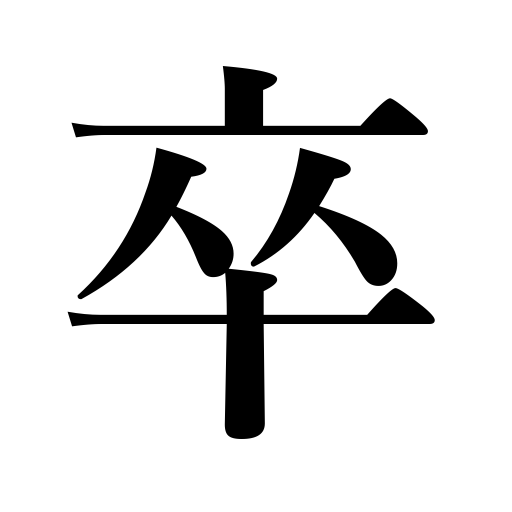
Meanings: soldier,graduate,private